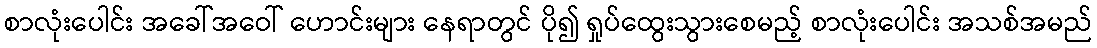
စာလုံးပေါင်း အခေါ်အဝေါ် ဟောင်းများ နေရာတွင် ပို၍ ရှုပ်ထွေးသွားစေမည့် စာလုံးပေါင်း အသစ်အမည်